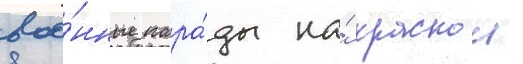
вое́нные пара́ды на́ краснои